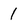
Character: 1